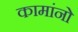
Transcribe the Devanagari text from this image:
कामांनो